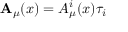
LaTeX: \mathbf { A } _ { \mu } ( x ) = A _ { \mu } ^ { i } ( x ) \tau _ { i }